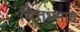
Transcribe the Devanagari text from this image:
चित्तभ्रमात